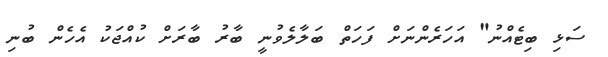
ސަޅި ބިޓެއްނު" އަހަރެންނަށް ފަހަތް ބަލާލެވުނީ ބާރު ބާރަށް ކުއްޖަކު އެހެން ބުނި